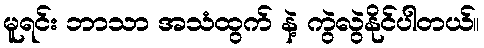
မူရင်း ဘာသာ အသံထွက် နဲ့ ကွဲလွဲနိုင်ပါတယ်။